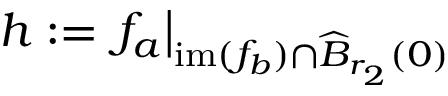
h : = \left. f _ { a } \right\vert _ { \mathrm { i m } ( f _ { b } ) \cap \widehat { B } _ { r _ { 2 } } ( 0 ) }